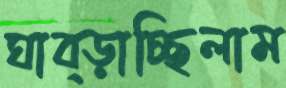
ঘাব্‌ড়াচ্ছিলাম